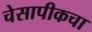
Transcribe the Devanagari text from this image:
चेसापीकचा